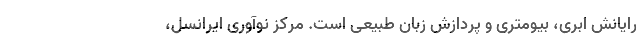
رایانش ابری، بیومتری و پردازش زبان طبیعی است. مرکز نوآوری ایرانسل،